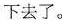
下去了。